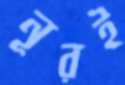
নূরই